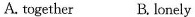
A. together B. lonely